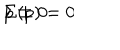
LaTeX: \Sigma ( p ) = 0 \hspace { 0 . 5 c m } p \not = 0